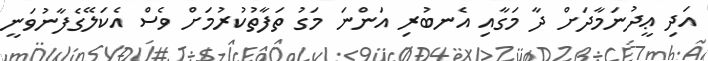
އަދި ޢީދުނަމާދަށް ދާ މަގާއި އެނބުރި އަންނަ މަގު ތަފާތުކުރުމަށް ވެސް އެކަލޭގެފާނުވަނީ